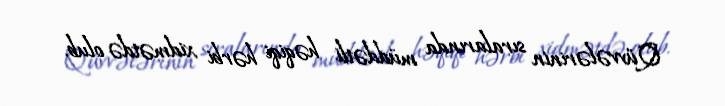
Qüvvələrinin sıralarında müddətli həqiqi hərbi xidmətdə olub.